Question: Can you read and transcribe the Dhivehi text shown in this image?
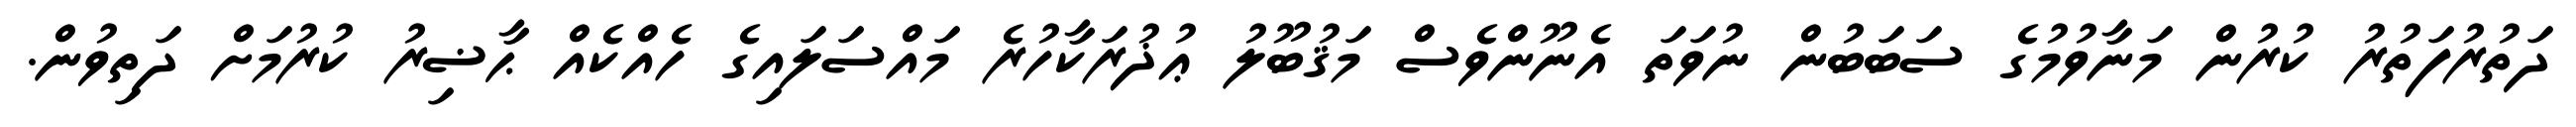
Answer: ދަތުރުފަތުރު ކުރުން މަނާވުމުގެ ސަބަބުން ނުވަތަ އެނޫންވެސް މަޤުބޫލު ޢުޛުރަކާހުރެ މައްސަލައިގެ ހެއްކެއް ޙާޟިރު ކުރުމަށް ދަތިވުން.